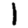
Digit: 1